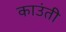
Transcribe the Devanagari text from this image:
काउंती